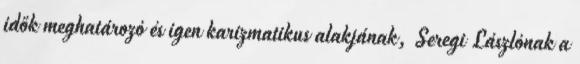
idők meghatározó és igen karizmatikus alakjának, Seregi Lászlónak a